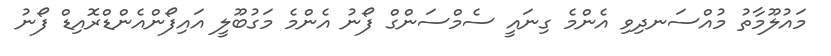
މައުލޫމާތު މުއްސަނދިވި އެންމެ ގިނައީ ސެމްސަންގް ފޯނު އެންމެ މަގުބޫލީ އައިފޯންއެންޑްރޮއިޑް ފޯނު